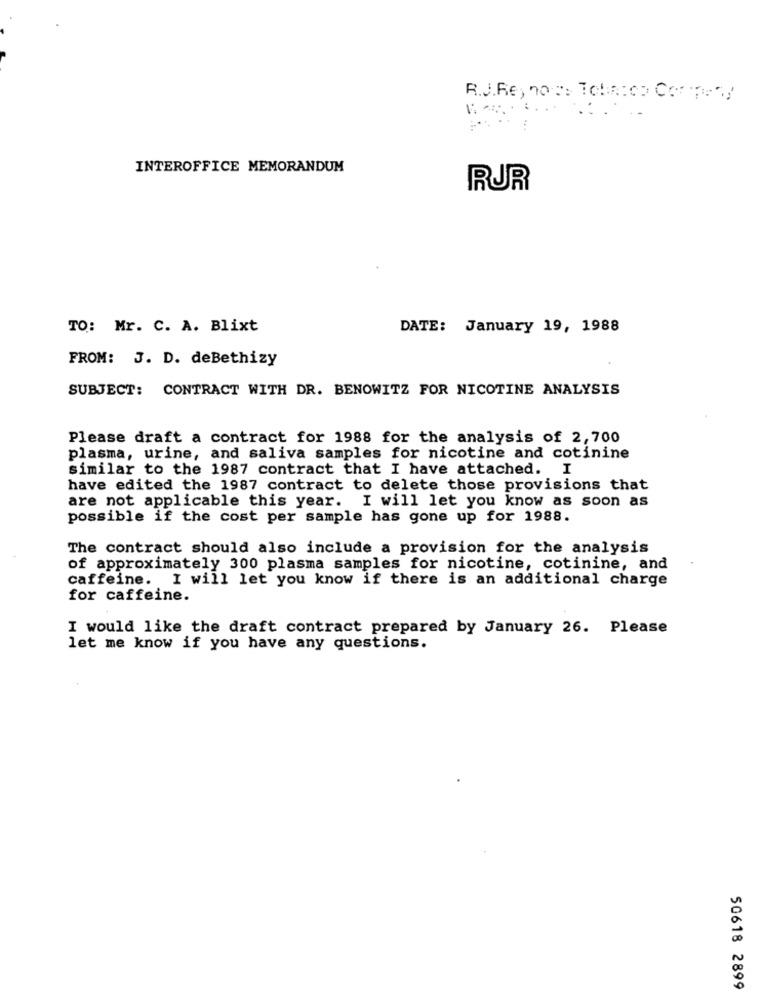
R.J.Re, now: Tobacco Company
INTEROFFICE MEMORANDUM
RUR
TO: Mr. C. A. Blixt
DATE: January 19, 1988
FROM: J. D. deBethizy
SUBJECT: CONTRACT WITH DR. BENOWITZ FOR NICOTINE ANALYSIS
Please draft a contract for 1988 for the analysis of 2,700
plasma, urine, and saliva samples for nicotine and cotinine
similar to the 1987 contract that I have attached. I
have edited the 1987 contract to delete those provisions that
are not applicable this year. I will let you know as soon as
possible if the cost per sample has gone up for 1988.
The contract should also include a provision for the analysis
of approximately 300 plasma samples for nicotine, cotinine, and
caffeine. I will let you know if there is an additional charge
for caffeine.
I would like the draft contract prepared by January 26. Please
let me know if you have any questions.
50618 2899